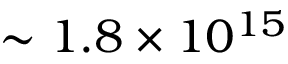
\sim 1 . 8 \times 1 0 ^ { 1 5 }